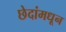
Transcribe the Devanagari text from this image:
छेदांमधून